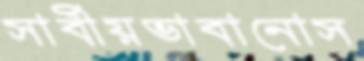
সার্বীয়ভাবানোস